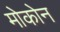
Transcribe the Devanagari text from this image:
मोकोन